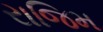
રાજિમ